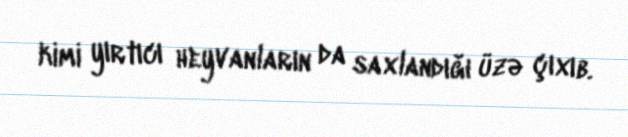
kimi yırtıcı heyvanların da saxlandığı üzə çıxıb.